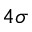
4 \sigma